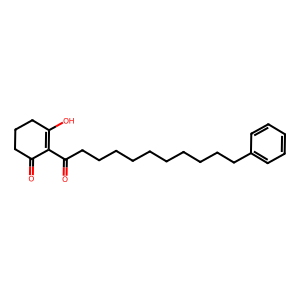
SMILES: O=C(CCCCCCCCCCc1ccccc1)C1=C(O)CCCC1=O
Inhibits HIV replication: No